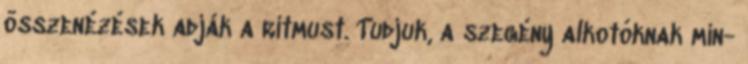
összenézések adják a ritmust. Tudjuk, a szegény alkotóknak min-